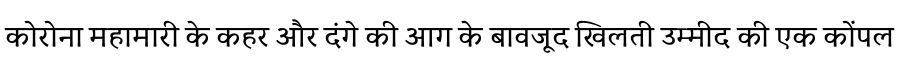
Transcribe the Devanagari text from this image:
कोरोना महामारी के कहर और दंगे की आग के बावजूद खिलती उम्मीद की एक कोंपल